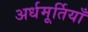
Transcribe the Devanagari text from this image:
अर्धमूर्तियाँ